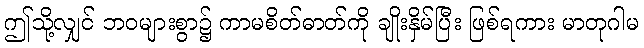
ဤသို့လျှင် ဘဝများစွာ၌ ကာမစိတ်ဓာတ်ကို ချိုးနှိမ်ပြီး ဖြစ်ရကား မာတုဂါမ